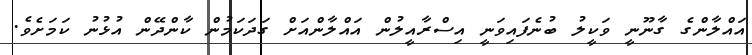
އައްލާންގެ ގާނޫނީ ވަކީލު ބުނެފައިވަނީ އިސްރާއީލުން އައްލާންއަށް ގަދަކަމުން ކާންދޭން އުޅުނު ކަމަށެވެ.